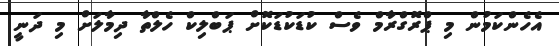
އެހެންކަމުން މި ޕްރޮގްރާމް ވެސް ކުޑަކުޑަކޮށް ޕަބްލިކް ހެލްތާ ދިމާލަށް މި ދަނީ